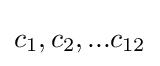
c_{1},c_{2},...c_{12}